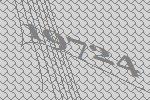
19724